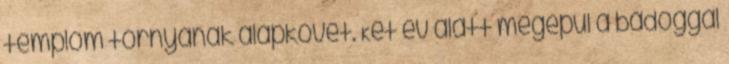
templom tornyának alapkövét. Két év alatt megépül a bádoggal